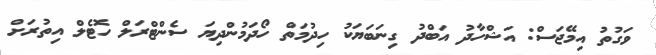
ވަގުތު އިމޭޖަސް: އަޝްހާދު އަބްދު ގިނަބަޔަކު ހިދުމަތް ހޯދަމުންދިޔަ ސެންޓްރަލް ހޮޓެލް އިތުރަށް